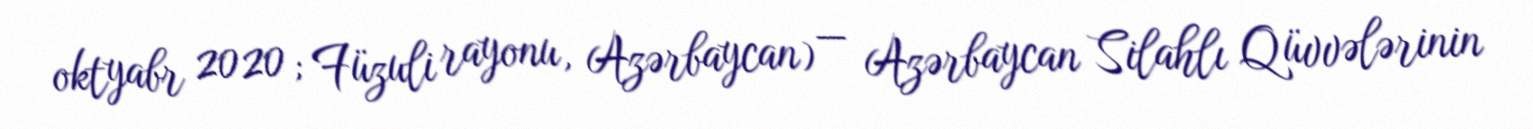
oktyabr 2020; Füzuli rayonu, Azərbaycan) — Azərbaycan Silahlı Qüvvələrinin